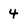
Character: 4